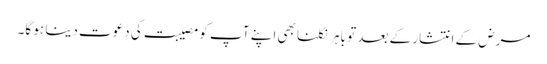
مرض کے انتشار کے بعد تو باہر نکلنا بھی اپنے آپ کو مصیبت کی دعوت دینا ہو گا۔